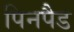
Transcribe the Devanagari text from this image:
पिनपैड